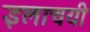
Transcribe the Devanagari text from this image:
इलाचयी